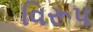
વિરૂપ